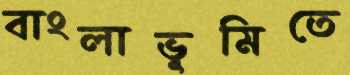
বাংলাভূমিতে